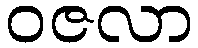
ဝဇလာ